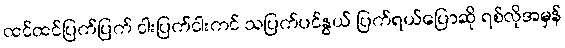
ထင်ထင်ပြက်ပြက် ငါးပြက်ငါးကင် သပြက်ပင်နွယ် ပြက်ရယ်ပြောဆို ရစ်လိုအမှန်